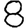
Digit: 8